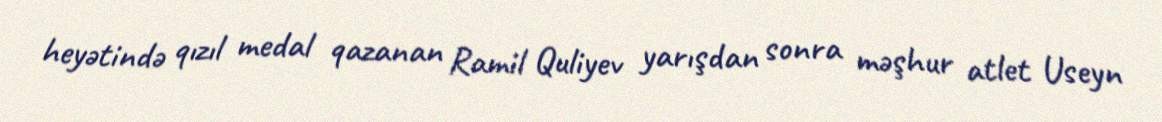
heyətində qızıl medal qazanan Ramil Quliyev yarışdan sonra məşhur atlet Useyn